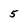
Character: 5